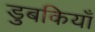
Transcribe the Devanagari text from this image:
डुबकियाँ